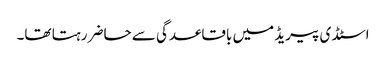
اسٹڈی پیریڈ میں باقاعدگی سے حاضر رہتا تھا۔